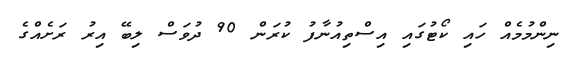
ނިންމުމެއް ހައި ކޯޓުގައި އިސްތިއުނާފު ކުރަން 90 ދުވަސް ލިބޭ އިރު ރަށެއްގެ